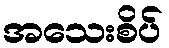
အသေးစိပ်